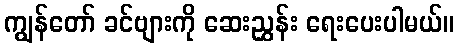
ကျွန်တော် ခင်ဗျားကို ဆေးညွှန်း ရေးပေးပါမယ်။